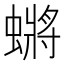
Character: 𮔬